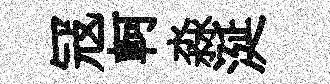
冦軻淼涎